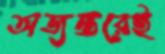
অভ্যন্তরেই